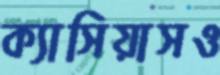
ক্যাসিয়াসও